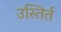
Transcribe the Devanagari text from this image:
उस्तिर्त